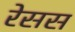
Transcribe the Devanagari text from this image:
रेसस